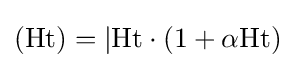
\left({\text{Ht}}\right)=|{\text{Ht}}\cdot (1+\alpha {\text{Ht}})